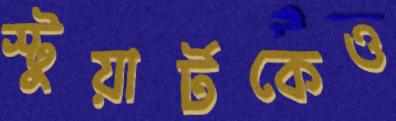
স্টুয়ার্টকেও